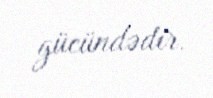
gücündədir.